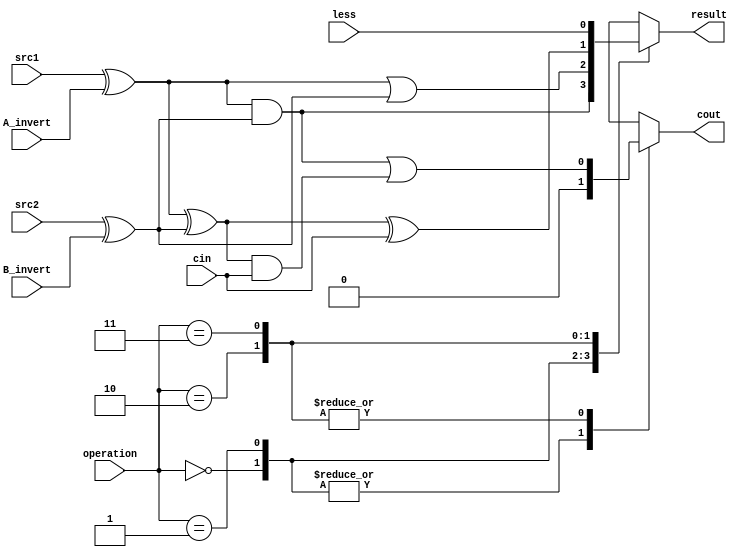
`timescale 1ns/1ps

//////////////////////////////////////////////////////////////////////////////////
// student ID: 0516013
// Module Name:    alu_top 
//////////////////////////////////////////////////////////////////////////////////

module alu_top(
               src1,       //1 bit source 1 (input)
               src2,       //1 bit source 2 (input)
               less,       //1 bit less     (input)
               A_invert,   //1 bit A_invert (input)
               B_invert,   //1 bit B_invert (input)
               cin,        //1 bit carry in (input)
               operation,  //operation      (input)
               result,     //1 bit result   (output)
               cout       //1 bit carry out(output)
               );

input         src1;
input         src2;
input         less;
input         A_invert;
input         B_invert;
input         cin;
input [2-1:0] operation;

output        result;
output        cout;

reg           a,b,cout,result;

always@(*)
begin
    a = src1 ^ A_invert;
    b = src2 ^ B_invert;

    case (operation)
        2'b00: begin
            //and
            result = a&b;
            cout = 0;
        end
        2'b01:begin
            //or
            result = a|b;
            cout = 0;
        end
        2'b10:begin
            //add
            result = a^b^cin;
            cout = a&b | (a^b)&cin;
        end
        2'b11:begin
            //less
            result = less;
            cout = a&b | (a^b)&cin;
         end
    endcase
end

endmodule